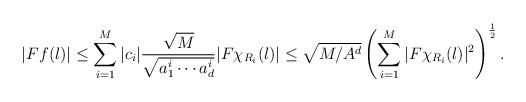
LaTeX: \begin{align*}|Ff(l)|\le \sum_{i=1}^M |c_i| \frac{\sqrt{M}}{\sqrt{a_1^i\cdots a_d^i}} |F \chi_{R_i}(l)|\le \sqrt{M/A^d}\left(\sum_{i=1}^M |F \chi_{R_i}(l)|^2\right)^\frac12.\end{align*}